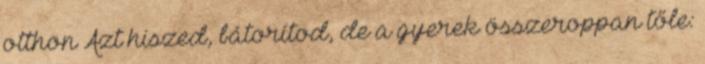
otthon Azt hiszed, bátorítod, de a gyerek összeroppan tőle: